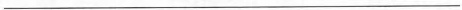
___